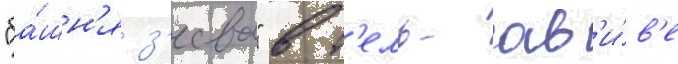
"ба́шн'я з'еева" в т'ель-ав'и́в'е